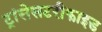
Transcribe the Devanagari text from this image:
ट्रांसेसटरीफाइड